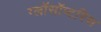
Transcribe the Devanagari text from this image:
ग्लॉसॉप्टरिस